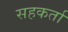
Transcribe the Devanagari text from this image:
सहकर्ता